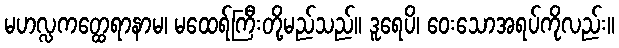
မဟလ္လကတ္ထေရာနာမ၊ မထေရ်ကြီးတို့မည်သည်။ ဒူရေပိ၊ ဝေးသောအရပ်ကိုလည်း။